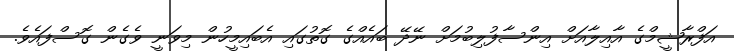
އަފްރާޝީމްގެ އާއިލާއަށް އިންސާފުލިބުމަށް ނޭދޭ ބައެއްގެ ގޮތުގައި އެބައިމީހުން މިވަނީ ވެގެން ގޮސްފައެވެ.